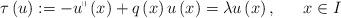
LaTeX: \begin{align*}\tau \left( u\right) :=-u^{\shortparallel }\left( x\right) +q\left( x\right)u\left( x\right) =\lambda u\left( x\right) ,~\ \ \ \ x\in I \end{align*}